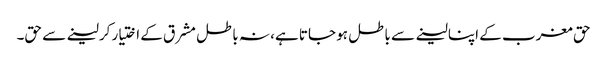
حق مغرب کے اپنا لینے سے باطل ہو جاتا ہے، نہ باطل مشرق کے اختیار کرلینے سے حق۔